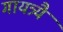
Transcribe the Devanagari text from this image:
गायत्र्यै